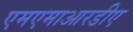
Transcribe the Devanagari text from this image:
एमएमाआरडीए